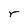
Character: r